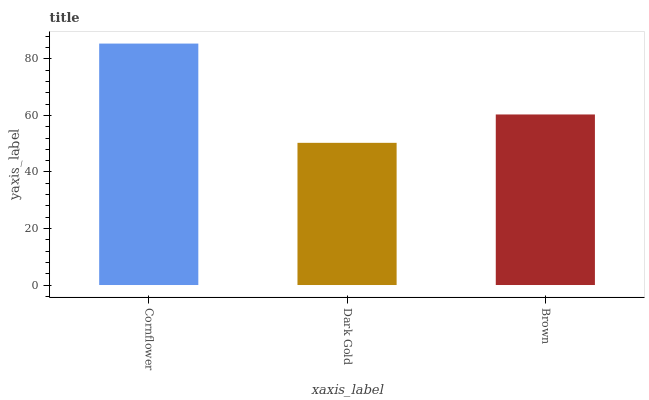
| xaxis_label | bars |
 | --- | --- |
 | Cornflower | 85.4 |
 | Dark Gold | 50.3 |
 | Brown | 60.3 |